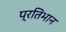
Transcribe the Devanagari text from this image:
प्रतिभान